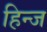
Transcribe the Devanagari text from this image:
हिन्ज